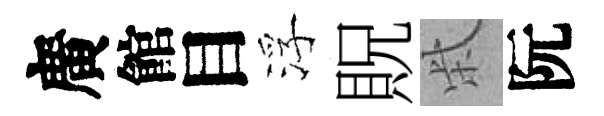
廣館目浮貺柴阮